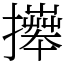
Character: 𢷎